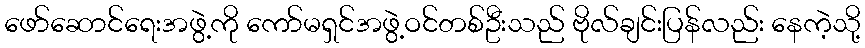
ဖော်ဆောင်ရေးအဖွဲ့ကို ကော်မရှင်အဖွဲ့ဝင်တစ်ဦးသည် ဗိုလ်ချင်းပြန်လည်း နေကဲ့သို့